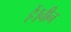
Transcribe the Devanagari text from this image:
हैं।चीन